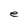
Character: e